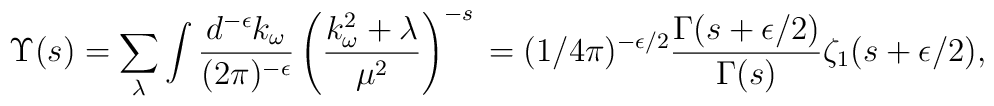
{\Upsilon}(s)    =\sum_{\lambda} \int {d^{-\epsilon} k_{\omega}\over (2\pi)^{-\epsilon}}    \left({k_{\omega}^2+\lambda\over \mu^2}\right)^{-s} \nonumber\\    = (1/4\pi)^{-\epsilon/2}{\Gamma(s+\epsilon/2)\over    \Gamma(s)}\zeta_1(s+\epsilon/2),